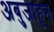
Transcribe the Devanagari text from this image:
अबुजाहून